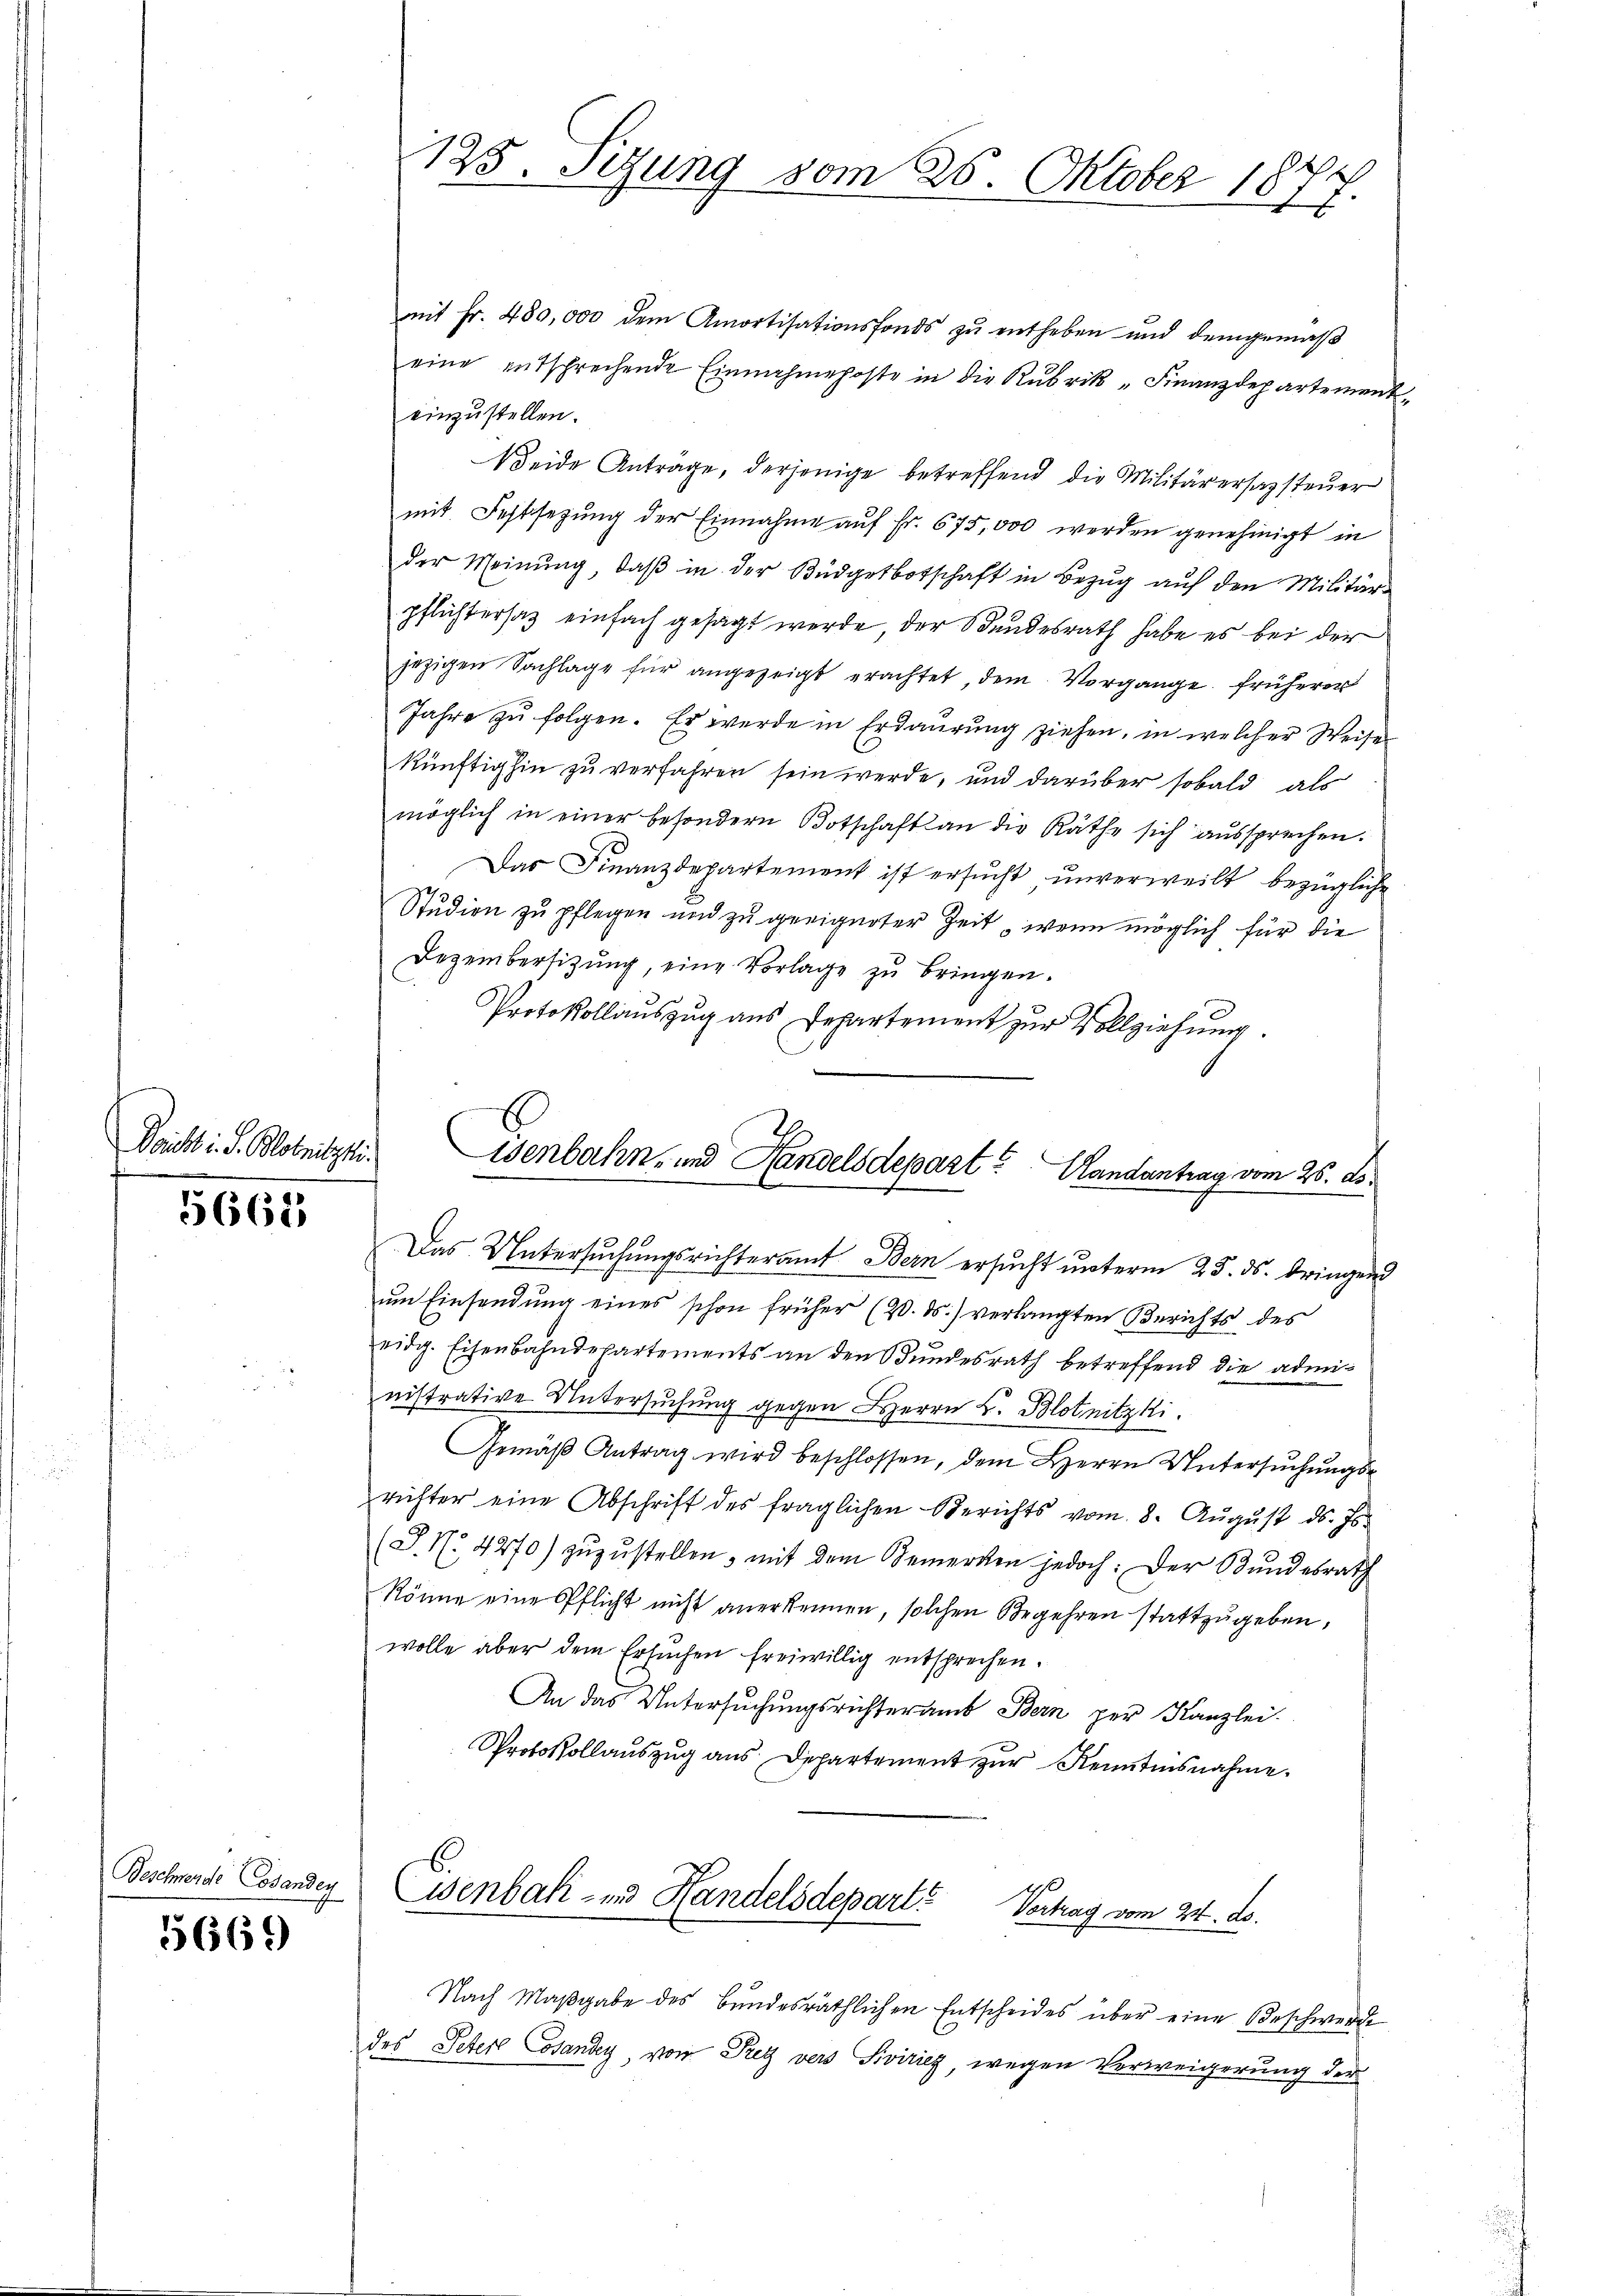
Bericht i. S. Blobnitzstr.

5662)

Beschwerde Cosanden

5669

125. Sitzung vom 26. Oktober 18
25.

mit Fr. 480,000 dem Amortisationsfonds zŭ entheben und demgemäβ
eine entsprechende Einnahmeposte in die Rubrik „Finanzdepartement,
einzustellen.
Weide Antrage, derjenige betreffend die Militärersazsteuer
mit Festsetzung der Einnahme auf Fr. 675,000 werden genehmigt in
der Meinŭng, daβ in der Büdgetbotschaft in Bezug auf den Militärpflichtersaz einfach gesagt werde, der Bundesrath habe es bei der
jezigen Sachlage für angezeigt erachtet, dem Vorgange früherer
Jahre zu folgen. Er werde in Erdaurung ziehen, in welcher Weise
künftighin zu verfahren sein werde, und darüber sobald als
möglich in einer besondern Botschaft an die Räthe sich aŭssprechen.
Das Finanzdepartement ist ersucht unverweilt bezügliche
Studion zu pflegen und zu geeigneter Zeit „wenn möglich für die
Dezembersitzung, eine Vorlage zu bringen.
Protokollauszug aus Departement zur Vollziehung.
isenbahn- und Handelsdepart? Mandantrag vom 26. ds.

Das Untersŭchŭngsrichteramt Bern ersŭcht unterm 23. ds. bringend
um Einsendung eines schon früher (20. ds.) verlangten Berichts des
eidg. Eisenbahndepartements an den Bundesrath betreffend die administrative Untersuchung gegen Herrn C. Blotnitzki
Gemäβ Antrag wird beschlossen, dem Herrn Untersuchungsrichter eine Abschrift des fraglichen Berichts vom 8. Aŭgŭst ds. Js.
(S. Nr. 4270) zŭzŭstellen, mit dem Bemerken jedoch: Der Bŭndesrath
Rönne eine Pflicht nicht anerkennen, solchen Begehren stattzugeben,
wolle aber dem Ersuchen freiwillig entsprechen.
An das Untersŭchŭngsrichteramt Bern per Kanzlei.
Protokollaŭszŭg ans Departement zŭr Kenntensnahme.
6.

Wenbak- und Handelsdepart. Vortrag vom 24. ds.

Nach Maßgabe des Bundesräthlichen Entscheides über eine Beschwerde
des Peter Cosanay, von Rey vers Svirieg, wegen Verweigerung der